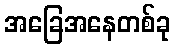
အခြေအနေတစ်ခု